Juuru_vallavalitsus, lk 64
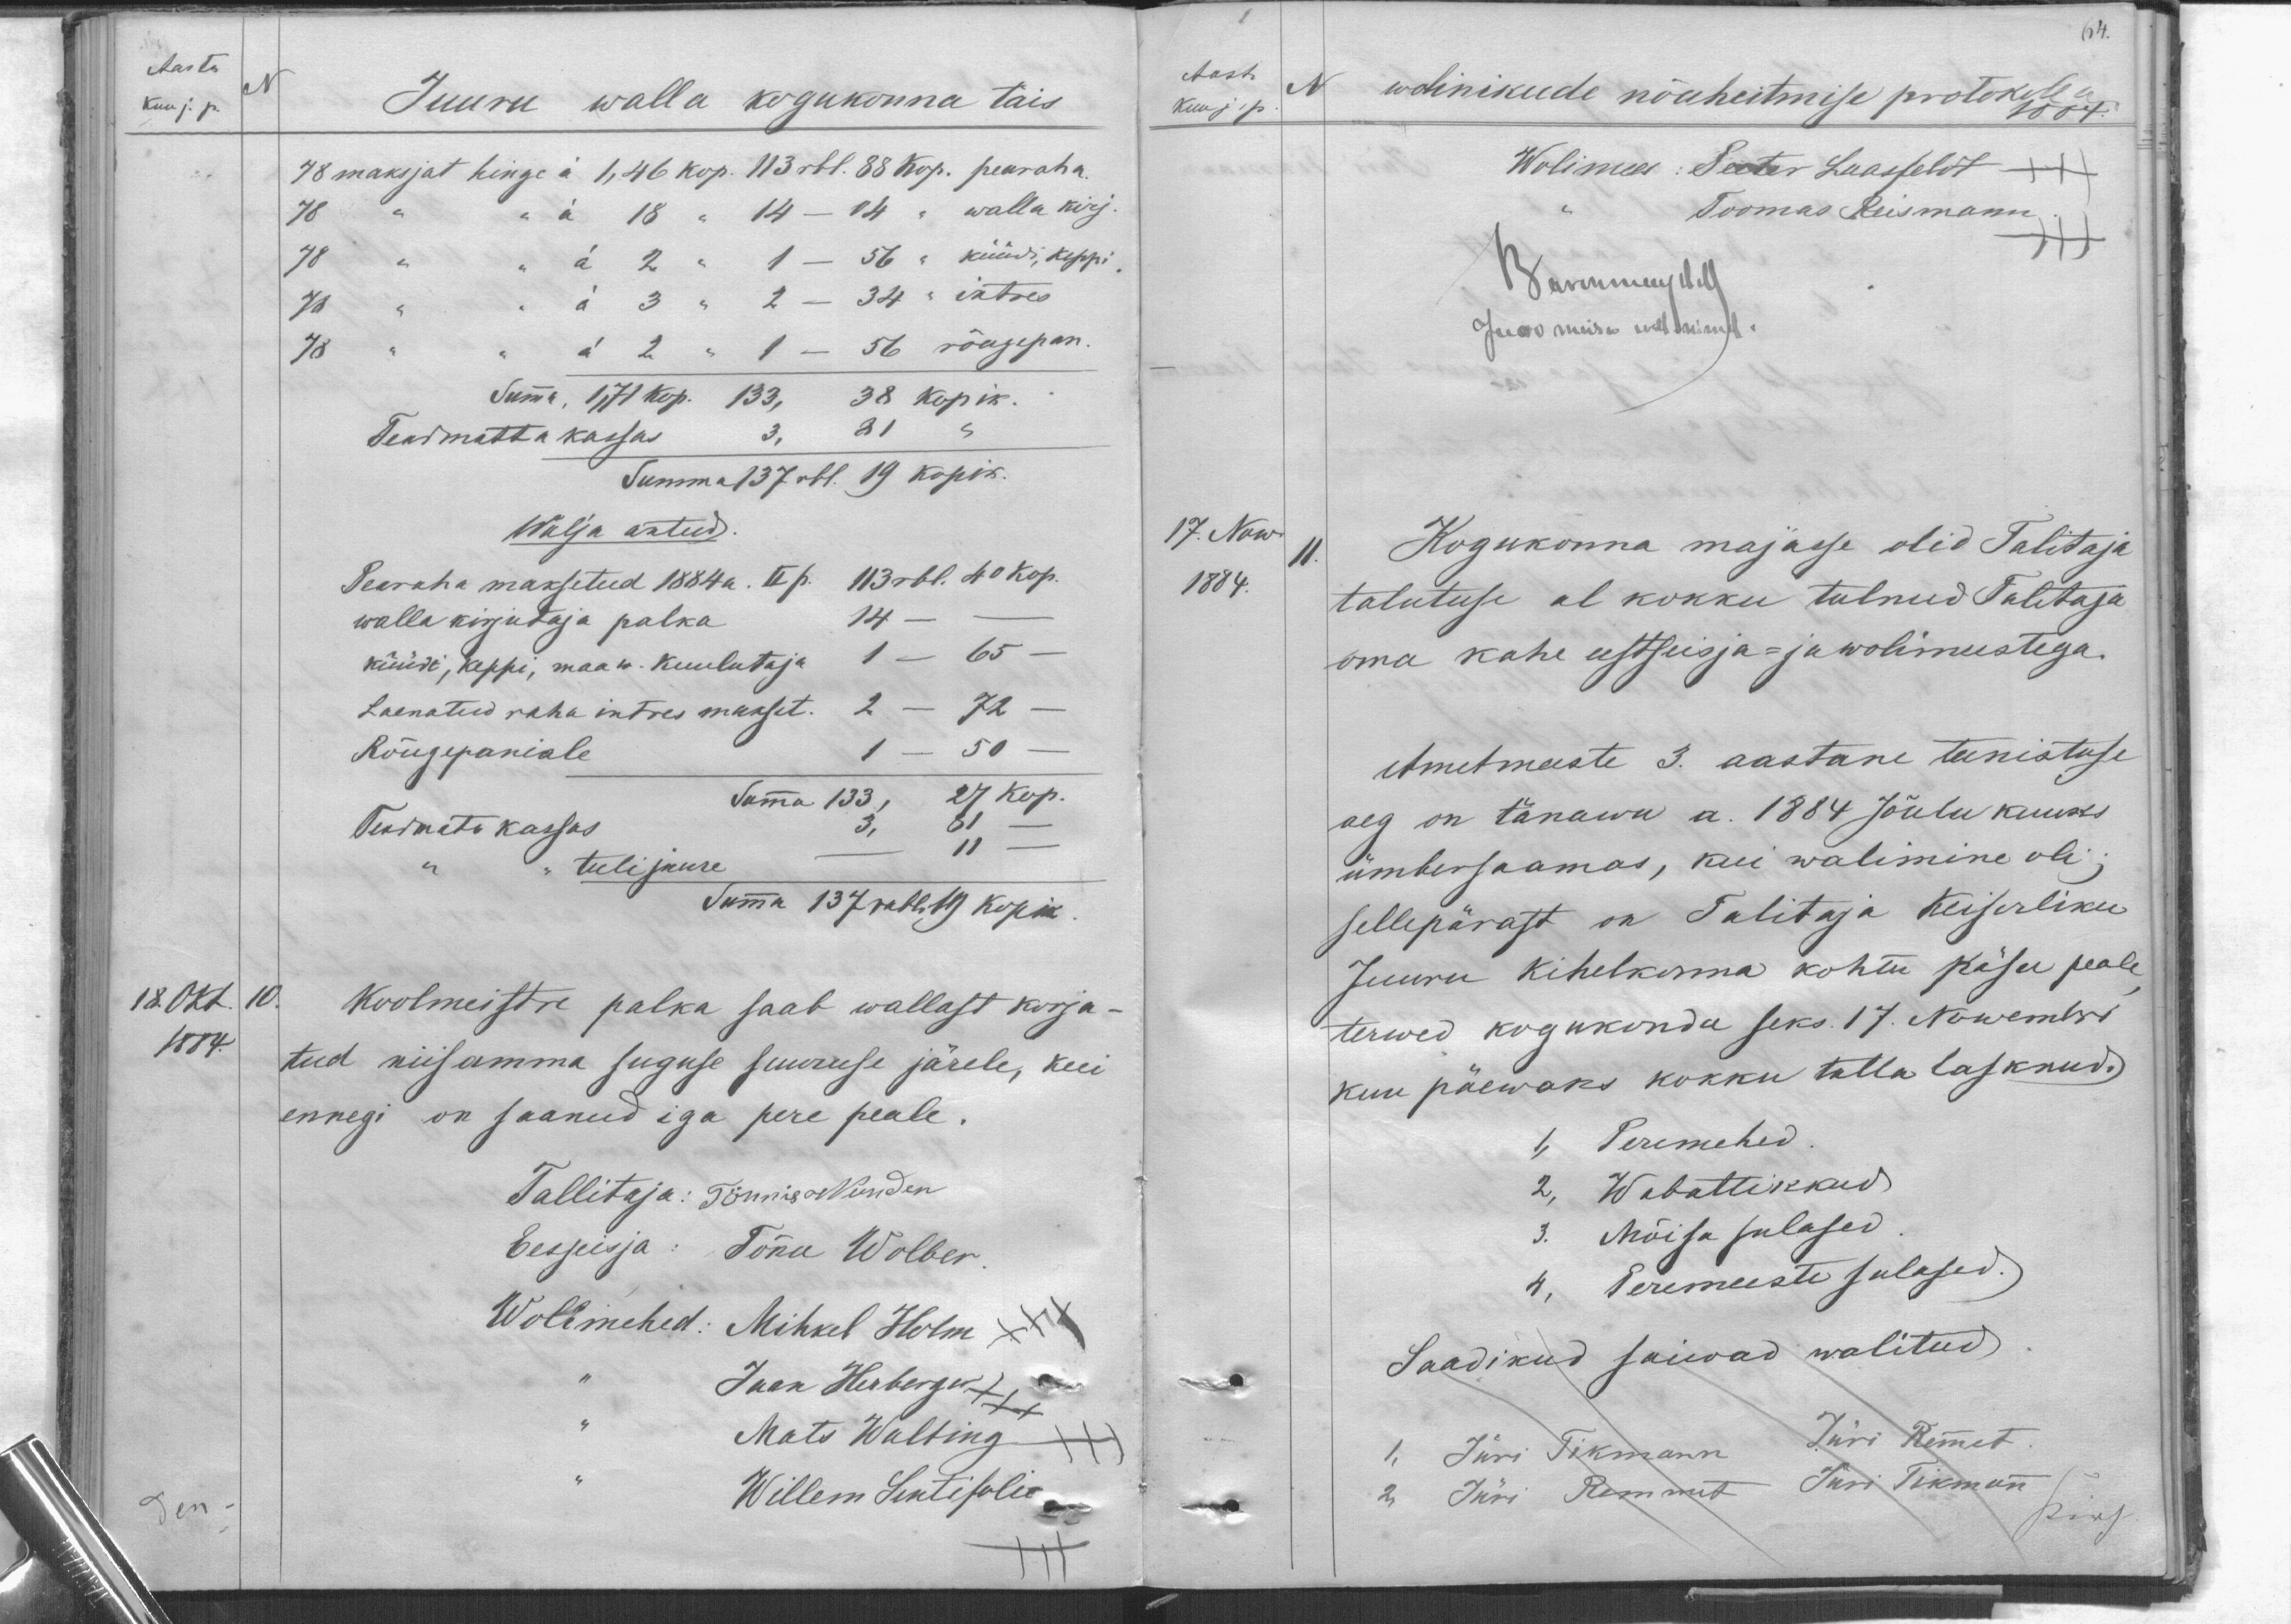
Aasta
Kuu j. p.
N
Juuru walla kogukonna täis
78 maksjat hinge á 1, 46 kop. 113 rbl. 88 kop. pearaha
78 " " á 18 " 14 - 14 " walla kirj.
78 " " á 2 " 1 - 56 " küüdi, keppi.
11 " " á 3 " 2 - 34 " intres
78 " " á 2 " 1 - 56 rõugepan.
Summa, 1,71 kop.133, 38 kopik.
Teadmatta kassas 3, 81 s
Summa 137 rbl. 19 kopik.
Walja antud.
Pearaha maksetud 1884 a. II p. 113 rbl. 40 kop.
walla kirjutaja palka 14 -
küüdi, keppi, maa w. kuulutaja 1 - 65-
Laenatud raha intres makset. 2 - 72 -
Rõugepaniale 1 - 50 -
Suma 133, 27 Kop.
Teadmata kassas 3, 81 -
tuli juure - 11 -
Summa 137 rubl 19 kopik.
18. Okt.
10.
1884
Koolmeistre palka saab wallast korja-
tud niisamma suguse suuruse järele, kui
ennegi on saanud iga pere peale.
Tallitaja: Tõnnis Wunder
Eessisja: Tõnu Wolber.
Wolimehed: Mihkel Holm
Jaan Herberger XXX
Mats Walting
Willem Sintisolie
den.

64.
Aasta
N
Kuu j. p.
wolinikude nõuheitmise protokoll
1884
Wolimees: Peeter Laasfeldt XXX
Toomas Reismann
XXX
Wannemajal
Juuro moisa üllmisele
17. Now.
11.
1884.
Kogukonna majasse olid Talitaja
talutuse al kokku tulnud Talitaja
oma kahe eestseisja- ja wolimestega.
Ametmeeste 3. aastane teenistuse
aeg on tänawu a. 1884 Jõulu kuuks
ümbersaamas, kui walimine oli;
sellepärast on Talitaja Keiserliku
Juuru kihelkonna kohtu käsu peale
terwed kogukonda seks 17. Nowembri
kuu päewaks kokku tulla lasknud.
1, Peremehed.
2, Wabatlikkud.
3. Mõisa sulased
4, Peremeeste sulased.
Saadikud saiwad walitud.
1, Jüri Tikmann
Jüri Remet
2 Jüri Remmet Jüri Tikman
piirj